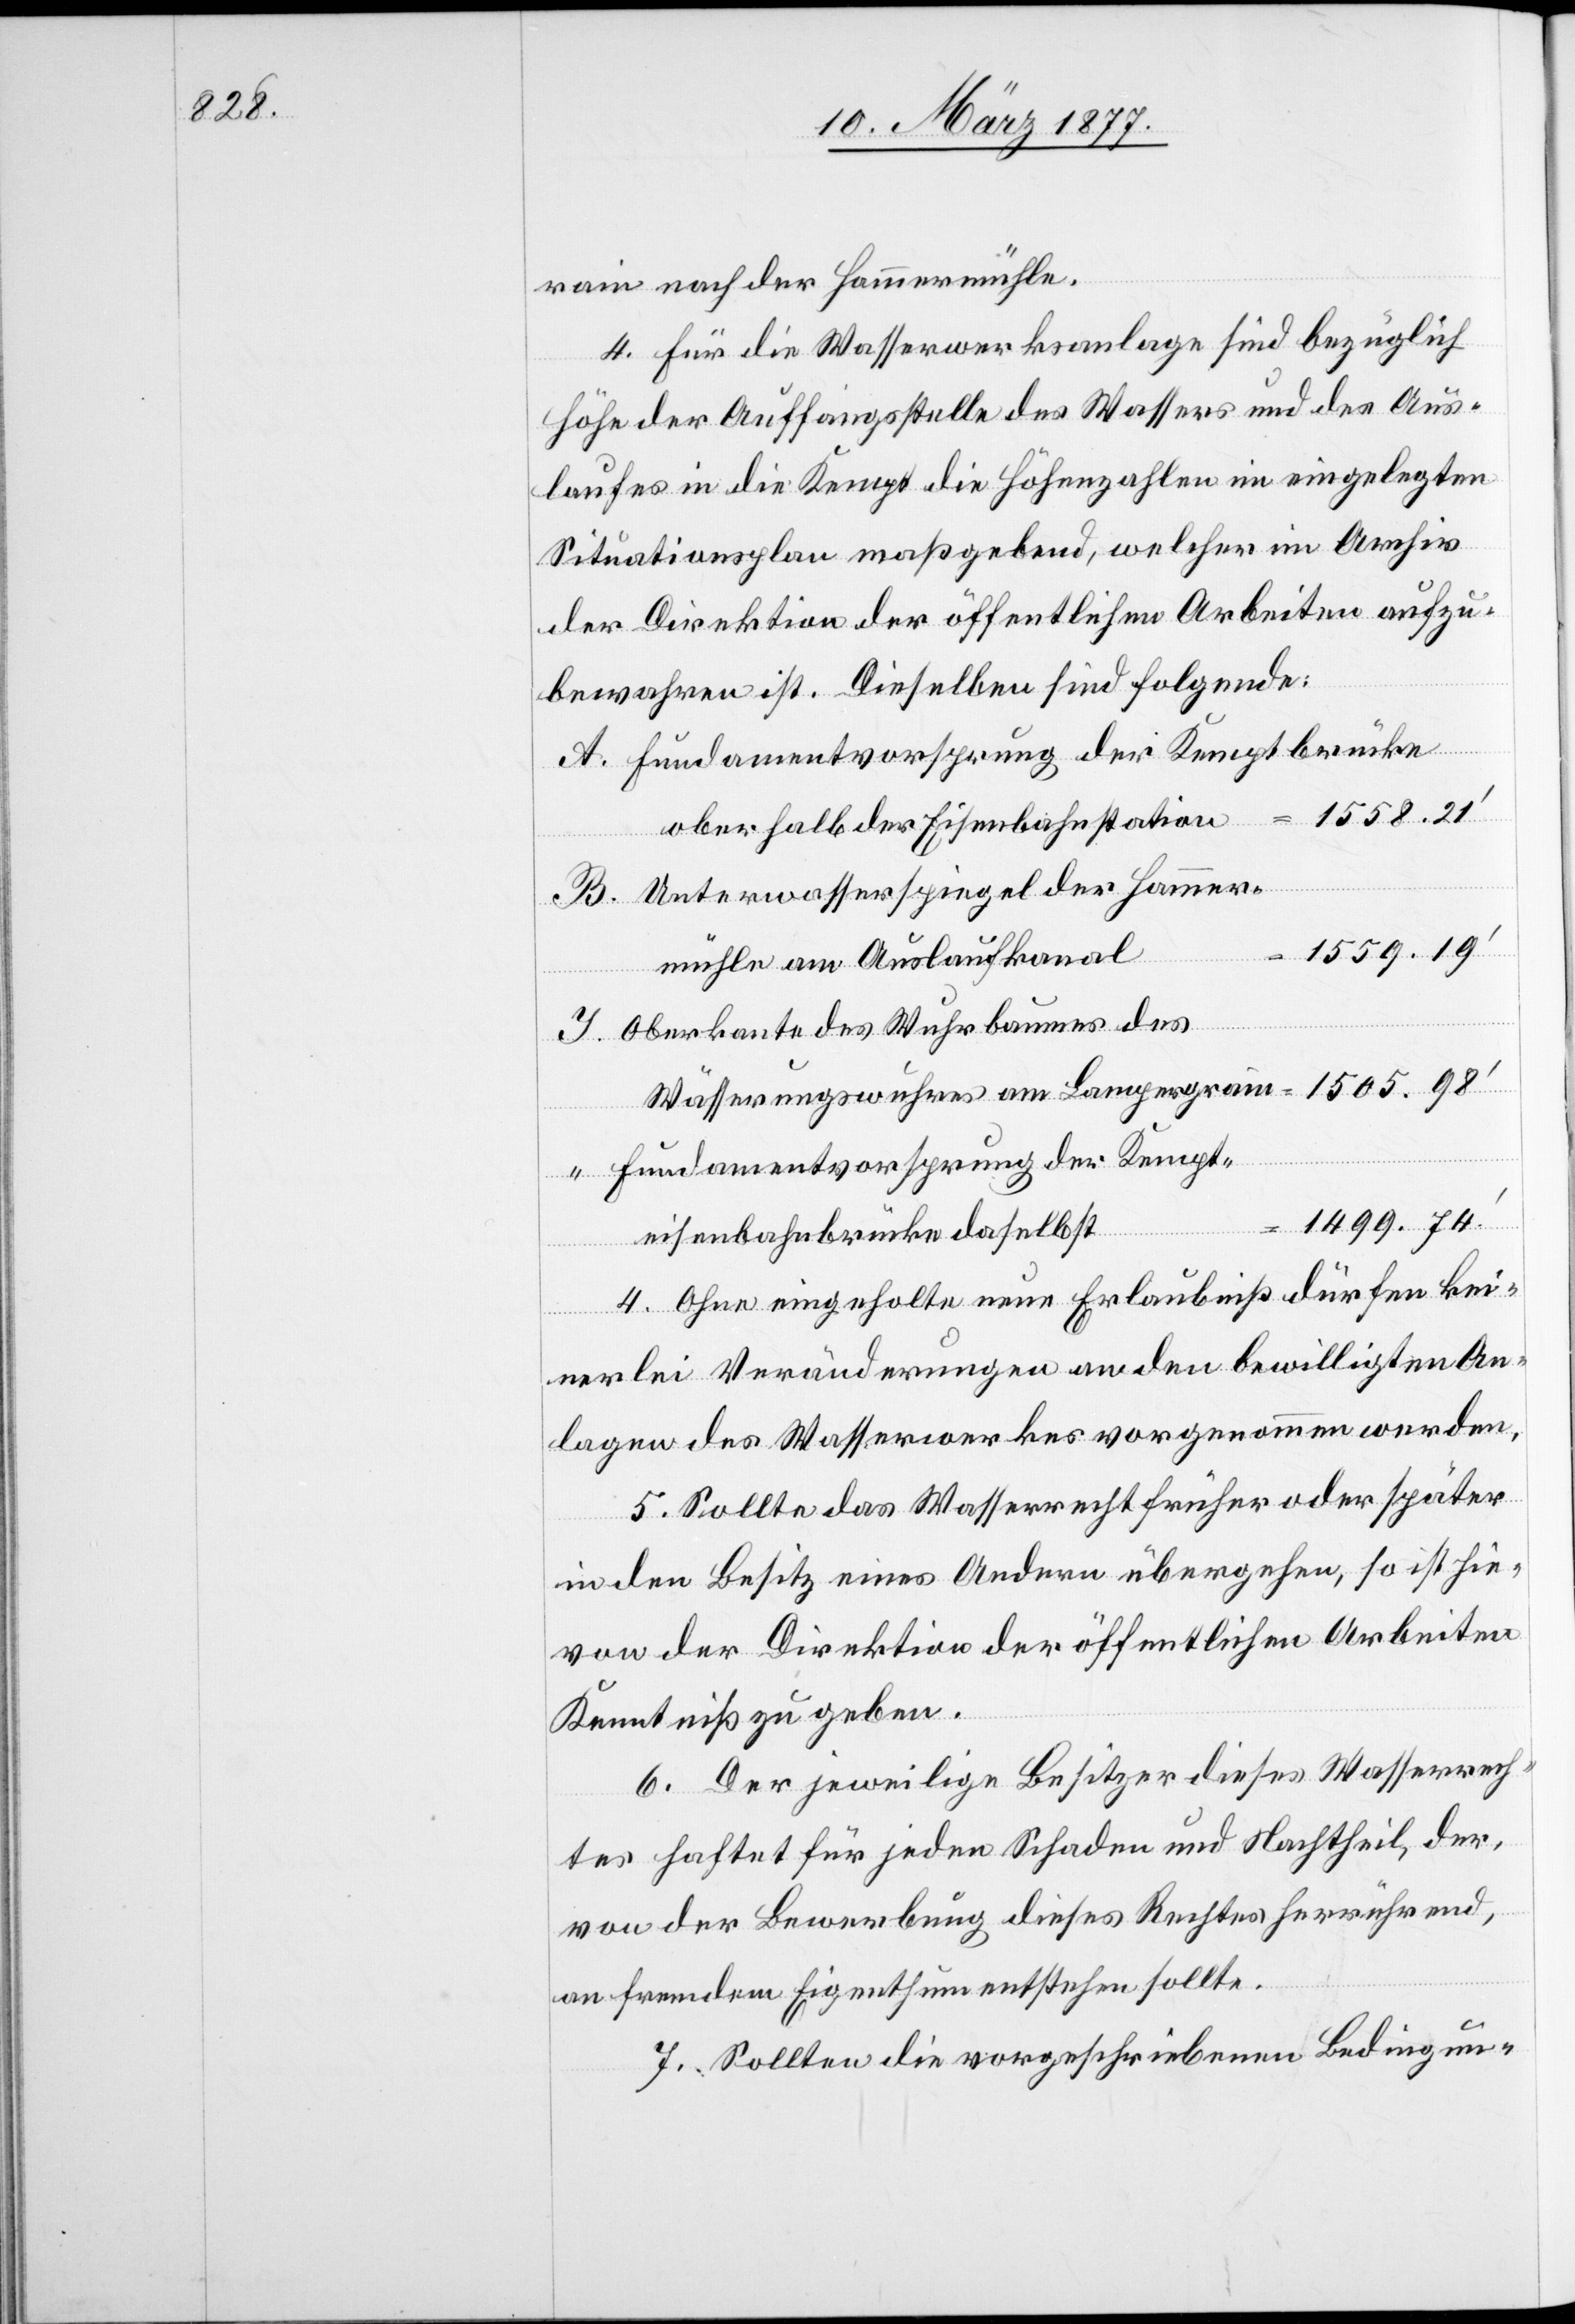
rain nach der Hammermühle.
4. Für die Wasserwerksanlage sind bezüglich
Höhe der Auffangsstelle des Wassers und des Aus¬
laufes in die Kempt die Höhenzahlen im eingelegten
Situationsplan maßgebend, welcher im Archiv
der Direktion der öffentlichen Arbeiten aufzu¬
bewahren ist. Dieselben sind folgende:
A. Fundamentvorsprung der Kemptbrücke
oberhalb der Eisenbahnstation
B. Unterwasserspiegel der Hammer¬
1559.19’
mühle am Auslaufkanal
I. Oberkante des Wuhrbaumes des
Wässerungswuhres am Lampergrain
“ Fundamentvorsprung der Kempt¬
1499.74’
eisenbahnbrücke daselbst
4. Ohne eingeholte neue Erlaubniß dürfen kei¬
nerlei Veränderungen an den bewilligten An¬
lagen des Wasserwerkes vorgenommen werden.
5. Sollte das Wasserrecht früher oder später
in den Besitz eines Andern übergehen, so ist hie¬
von der Direktion der öffentlichen Arbeiten
Kenntniß zu geben.
6. Der jeweilige Besitzer dieses Wasserrech¬
tes haftet für jeden Schaden und Nachtheil, der,
von der Bewerbung dieses Rechtes herrührend,
an fremdem Eigenthum entstehen sollte.
7. Sollten die vorgeschriebenen Bedingun-